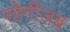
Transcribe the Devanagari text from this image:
रहेगीजब